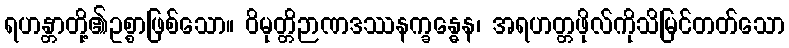
ရဟန္တာတို့၏ဥစ္စာဖြစ်သော။ ဝိမုတ္တိဉာဏဒဿနက္ခန္ဓေန၊ အရဟတ္တဖိုလ်ကိုသိမြင်တတ်သော